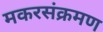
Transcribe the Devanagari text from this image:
मकरसंक्रमण